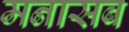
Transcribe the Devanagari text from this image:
मनासब